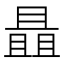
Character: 𰀝